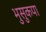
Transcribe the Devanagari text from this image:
भुसुकपा